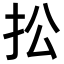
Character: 𢪌